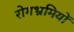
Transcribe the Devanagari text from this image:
रोगभ्रमियों